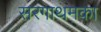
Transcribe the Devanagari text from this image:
सरगाथमका